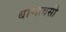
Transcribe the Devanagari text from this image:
बाणावसी